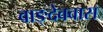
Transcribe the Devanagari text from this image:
वाङ्देववास